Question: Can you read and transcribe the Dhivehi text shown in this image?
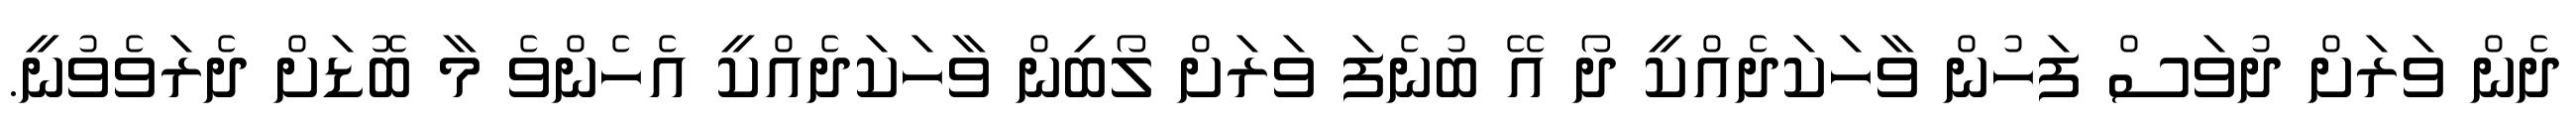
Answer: ދެން ވަރަށް ދުވަސް ފަހުން ވާހަކަދެއްކީ ދޯ އޭ ބުނެފަ ވަރަށް ލޯބިން ވާހަކަދެއްކީ އެހެންވެ މާ ބޮޑަށް ދެރަވެވުނީ.